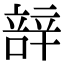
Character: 𮝼